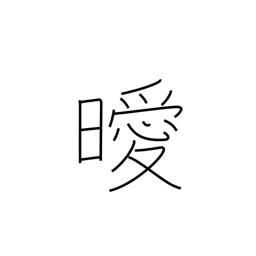
Meaning: not clear